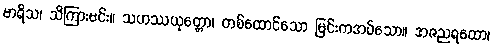
မာရိသ၊ သိကြားမင်း။ သဟဿယုတ္တော၊ တစ်ထောင်သော မြင်းကအပ်သော။ အဇညရထော၊